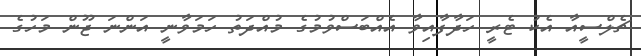
ޗެލްސީއާ އެކު ޓެރީ ހަދާފާއިވާ އެއްބަސްވުމުގެ މުއްދަތު ހަމަވާނީ އަންނަ ޖޫން މަހުގެ